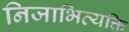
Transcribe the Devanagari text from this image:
निजाभिव्यक्ति